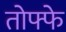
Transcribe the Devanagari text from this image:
तोफ्फे